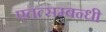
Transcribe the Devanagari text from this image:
एतत्सम्बन्धी